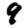
Digit: 9